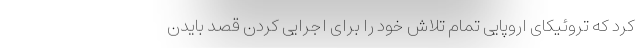
کرد که تروئیکای اروپایی تمام تلاش خود را برای اجرایی کردن قصد بایدن